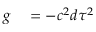
\begin{array} { r l } { g } & { { } = - c ^ { 2 } d \tau ^ { 2 } } \end{array}